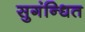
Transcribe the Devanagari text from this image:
सुगंन्‍धित